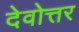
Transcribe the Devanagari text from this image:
देवोत्तर